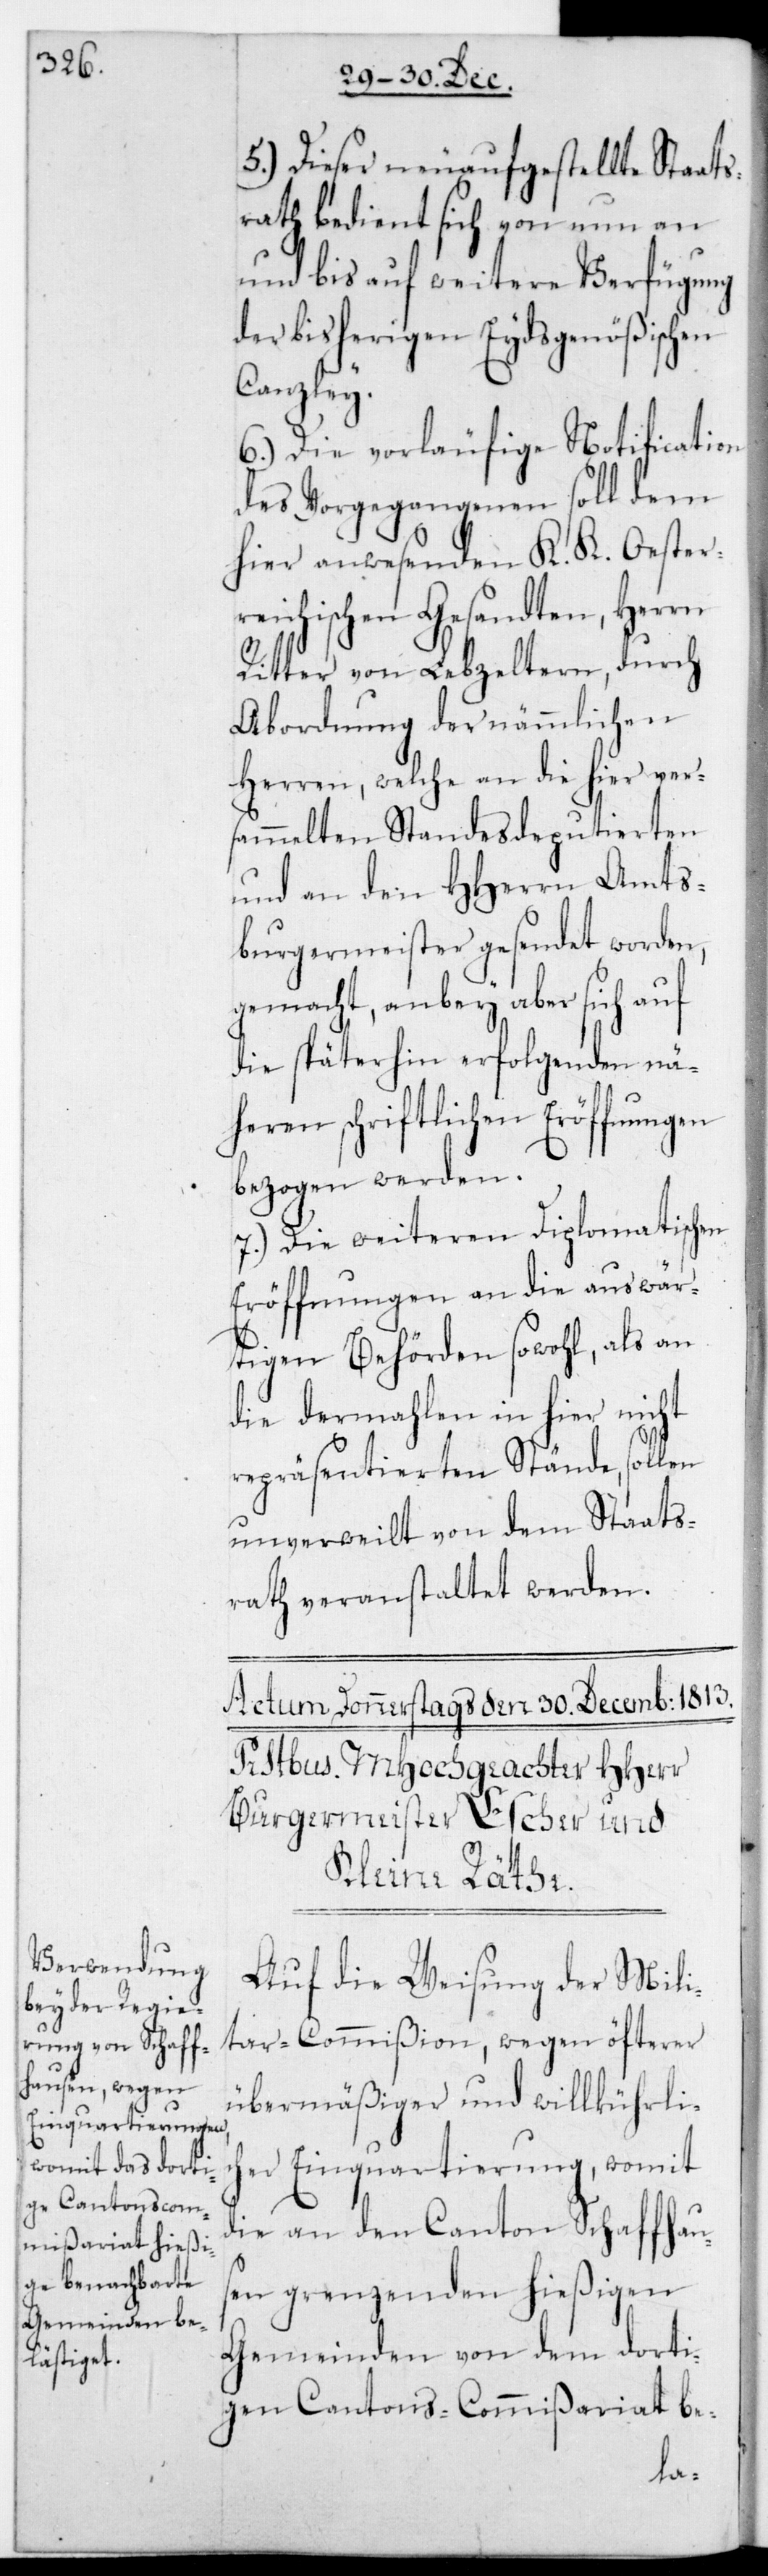
5.) Dieser neuaufgestellte Staat¬
srath bedient sich von nun an
und bis auf weitere Verfügung
der bisherigen Eydsgenößischen
Canzley.
6.) Die vorläufige Notification
des Vorgegangenen soll dem
hier anwesenden K. K. Oester¬
reichischen Gesandten, Herrn
Ritter von Lebzeltern, durch
Abordnung der nämmlichen
Herren, welche an die hier ver¬
sammelten Standesdeputierten
und an den HHerrn Amts¬
burgermeister gesendet worden,
gemacht, anbey aber sich auf
die späterhin erfolgenden nä¬
heren schriftlichen Eröffnungen
bezogen werden.
7.) Die weiteren Diplomatischen
Eröffnungen an die auswär¬
tigen Behörden sowohl, als an
die dermahlen in hier nicht
repräsentierten Stände, sollen
unverweilt von dem Staats¬
rath veranstaltet werden.
Auf die Weisung der Mili¬
tar-Commißion wegen öfterer
übermäßiger und willkührlic¬
her Einquartierung, womit
die an den Canton Schaffhau¬
sen grenzenden hießigen
Gemeinden von dem dorti¬
gen Cantons-Commißariat be-